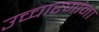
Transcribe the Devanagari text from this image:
उच्चारणांना